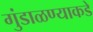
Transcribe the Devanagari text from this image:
गुंडाळण्याकडे